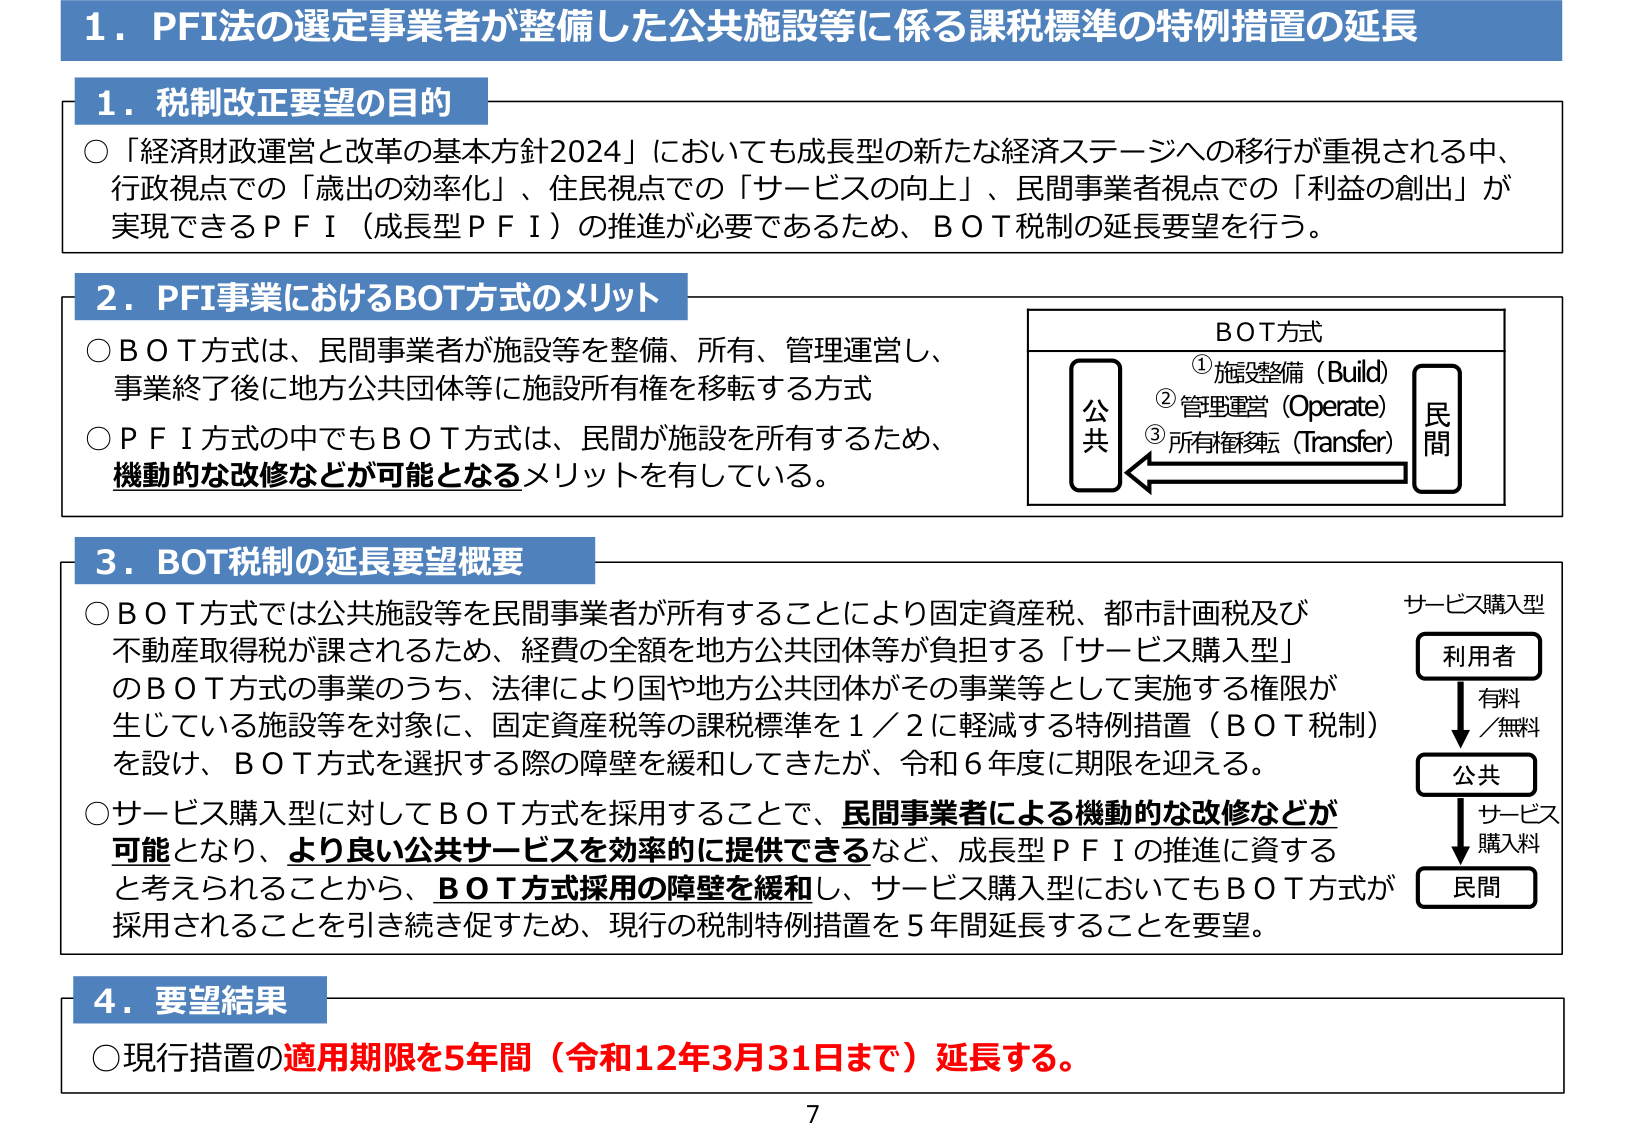
1．PFI法の選定事業者が整備した公共施設等に係る課税標準の特例措置の延長

1．税制改正要望の目的
○「経済財政運営と改革の基本方針2024」においても成長型の新たな経済ステージへの移行が重視される中、行政視点での「歳出の効率化」、住民視点での「サービスの向上」、民間事業者視点での「利益の創出」が実現できるＰＦＩ（成長型ＰＦＩ）の推進が必要であるため、ＢＯＴ税制の延長要望を行う。

2．PFI事業におけるBOT方式のメリット
○ＢＯＴ方式は、民間事業者が施設等を整備、所有、管理運営し、事業終了後に地方公共団体等に施設所有権を移転する方式
○ＰＦＩ方式の中でもＢＯＴ方式は、民間が施設を所有するため、機動的な改修などが可能となるメリットを有している。

BOT方式
①施設整備（Build）
②管理運営（Operate）
③所有権移転（Transfer）
公共 ←→ 民間

3．BOT税制の延長要望概要
○ＢＯＴ方式では公共施設等を民間事業者が所有することにより固定資産税、都市計画税及び不動産取得税が課されるため、経費の全額を地方公共団体等が負担する「サービス購入型」のＢＯＴ方式の事業のうち、法律により国や地方公共団体がその事業等として実施する権限が生じている施設等を対象に、固定資産税等の課税標準を1／2に軽減する特例措置（ＢＯＴ税制）を設け、ＢＯＴ方式を選択する際の障壁を緩和してきたが、令和6年度に期限を迎える。
○サービス購入型に対してＢＯＴ方式を採用することで、民間事業者による機動的な改修などが可能となり、より良い公共サービスを効率的に提供できるなど、成長型ＰＦＩの推進に資すると考えられることから、ＢＯＴ方式採用の障壁を緩和し、サービス購入型においてもＢＯＴ方式が採用されることを引き続き促すため、現行の税制特例措置を5年間延長することを要望。

サービス購入型
利用者
　↓
　有料／無料
　↓
公共
　↓
　サービス購入料
　↓
民間

4．要望結果
○現行措置の適用期限を5年間（令和12年3月31日まで）延長する。

7